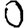
Digit: 0